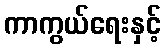
ကာကွယ်ရေးနှင့်